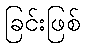
ခြင်းဖြစ်